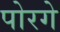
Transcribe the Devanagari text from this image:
पोरगे